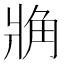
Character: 𧢼